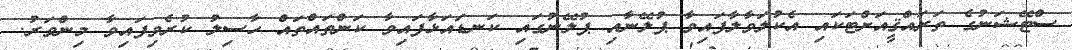
ސްޓޭޝަނުގެ ތަރައްޤީއަށްޓަކައި އެކުލަވާލާފައިވާ ޕުލޭނާއި ޕުލޭނުގައި ކަނޑައަޅާފައިވާ ކަންތައްތައް ހާސިލު ކުރެވިފައިވާ މިންވަރު.